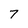
Character: 7